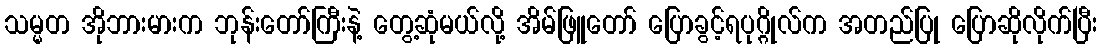
သမ္မတ အိုဘားမားက ဘုန်းတော်ကြီးနဲ့ တွေ့ဆုံမယ်လို့ အိမ်ဖြူတော် ပြောခွင့်ရပုဂ္ဂိုလ်က အတည်ပြု ပြောဆိုလိုက်ပြီး